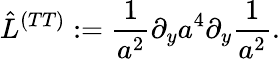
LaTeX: \hat{L}^{(TT)}:={\frac{1}{a^{2}}}\partial_{y}a^{4}\partial_{y}{\frac{1}{a^{2}}}.